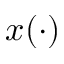
x ( \cdot )